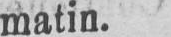
matin.